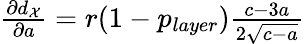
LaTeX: \begin{array}{r}{\frac{\partial d_{\mathcal{X}}}{\partial a}=r(1-p_{layer})\frac{c-3a}{2\sqrt{c-a}}}\end{array}